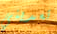
تعديني